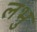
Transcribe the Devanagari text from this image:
लभु